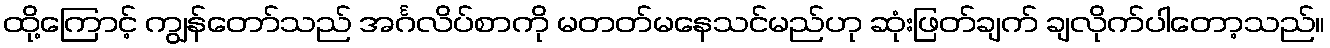
ထို့ကြောင့် ကျွန်တော်သည် အင်္ဂလိပ်စာကို မတတ်မနေသင်မည်ဟု ဆုံးဖြတ်ချက် ချလိုက်ပါတော့သည်။